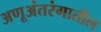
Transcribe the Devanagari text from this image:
अणूअंतरंगातील